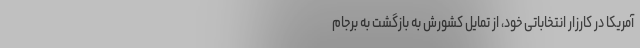
آمریکا در کارزار انتخاباتی خود، از تمایل کشورش به بازگشت به برجام